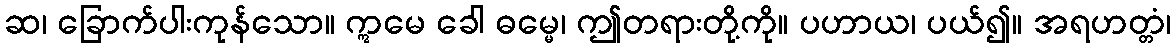
ဆ၊ ခြောက်ပါးကုန်သော။ ဣမေ ခေါ ဓမ္မေ၊ ဤတရားတို့ကို။ ပဟာယ၊ ပယ်၍။ အရဟတ္တံ၊